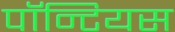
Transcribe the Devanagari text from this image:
पॉन्टियस